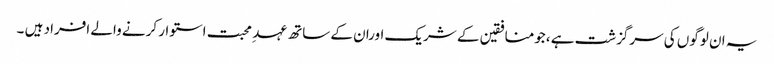
یہ ان لوگوں کی سرگزشت ہے ،جومنافقین کے شریک اوران کے ساتھ عہد ِ محبت استوار کرنے والے افراد ہیں ۔